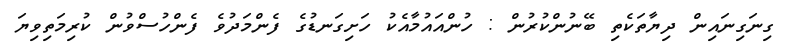
ގިނަގިނައިން ދިޔާތަކެތި ބޭނުންކުރުން : ހުންއައުމާއެކު ހަށިގަނޑުގެ ފެންމަދުވެ ފެންހުސްވުން ކުރިމަތިވިޔަ